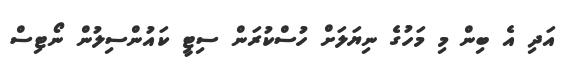
އަދި އެ ބިން މި މަހުގެ ނިޔަލަށް ހުސްކުރަން ސިޓީ ކައުންސިލުން ނޯޓިސް